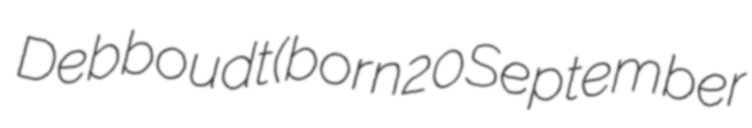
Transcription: Debboudt (born 20 September